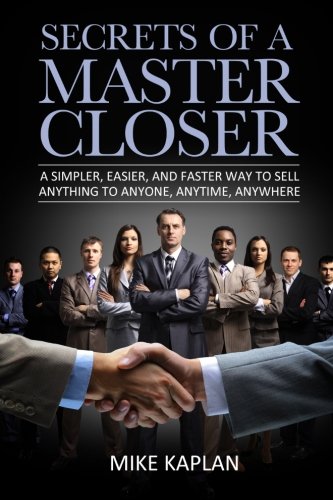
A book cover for Secrets of a Master Closer: A Simpler, Easier, And Faster Way To Sell Anything To Anyone, Anytime, Anywhere; Mr. Mike Kaplan; Business & Money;